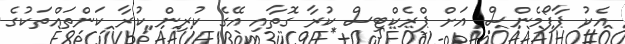
އެކު ޕާފޯމެންސް އަށް ޕްރެކްޓިސް ކުރާ ގޮތާއި އޭގެ ކުރިން ކުރާ ކަންތައްތަކުގެ